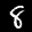
Label: 8